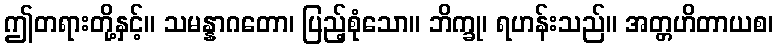
ဤတရားတို့နှင့်။ သမန္နာဂတော၊ ပြည့်စုံသော။ ဘိက္ခု၊ ရဟန်းသည်။ အတ္တဟိတာယစ၊